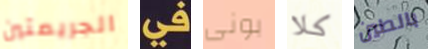
الجريمتين في بونى كلا بالطين